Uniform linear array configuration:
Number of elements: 4
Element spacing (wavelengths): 0.25
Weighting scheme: blackman
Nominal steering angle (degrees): -45
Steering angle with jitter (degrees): -45.194
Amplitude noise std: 0.05
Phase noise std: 0.05

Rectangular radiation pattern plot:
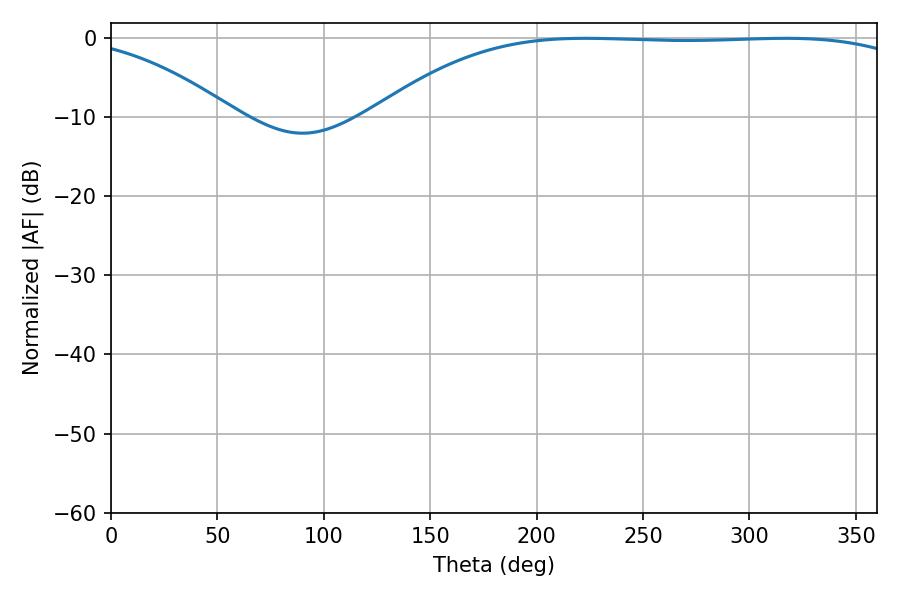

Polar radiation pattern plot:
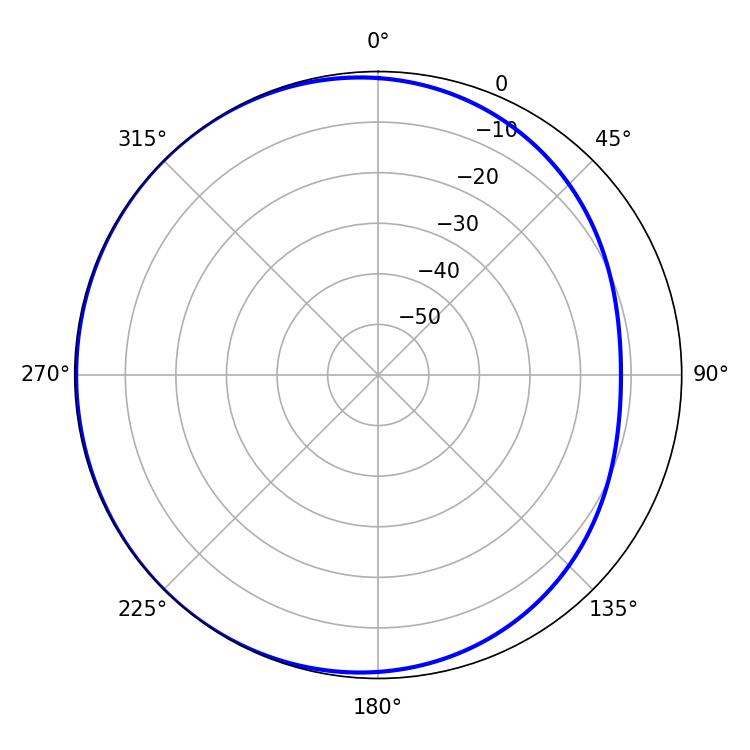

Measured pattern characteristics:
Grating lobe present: FALSE
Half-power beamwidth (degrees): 198.54
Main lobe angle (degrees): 222.84